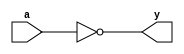
module _inv(a,y); // inverter module
input a; 
output y;
assign y=~a;
endmodule

module _nand2(a,b,y); // 2 input nand gate
input a,b;
output y;
assign y=~(a&b);
endmodule

module _and2(a,b,y); // 2 input nand gate
input a,b;
output y;
assign y=a&b;
endmodule

module _or2(a,b,y); // 2 input or gate
input a,b;
output y;
assign y=a|b;
endmodule

module _xor2(a,b,y); // 2 input xor gate
input a,b;
output y;
wire inv_a, inv_b;
wire w0, w1;
_inv U0_inv(.a(a), .y(inv_a)); // instance of inverter
_inv U1_inv(.a(b), .y(inv_b));
_and2 U2_and2(.a(inv_a), .b(b), .y(w0)); // instance of And gate
_and2 U3_and2(.a(a), .b(inv_b), .y(w1));
_or2 U4_or2(.a(w0), .b(w1), .y(y)); // instance of Or gate
endmodule

module _nor2(a,b,y);
input a,b;
output y;
assign y=~(a|b);
endmodule


module _and3(a,b,c,y);  // 3 input and gate
input a,b,c; 
output y; 
assign y=a&b&c;
endmodule

module _and4(a,b,c,d,y); // 4 input and gate
input a,b,c,d; 
output y; 
assign y=a&b&c&d; 
endmodule

module _and5(a,b,c,d,e,y); // 5 input and gate
input a,b,c,d,e; 
output y; 
assign y=a&b&c&d&e; 
endmodule

module _or3(a,b,c,y); // 3 input or gate
input a,b,c; 
output y; 
assign y=a|b|c; 
endmodule

module _or4(a,b,c,d,y); // 4 input or gate
input a,b,c,d; 
output y; 
assign y=a|b|c|d; 
endmodule

module _or5(a,b,c,d,e,y); // 5 input or gate
input a,b,c,d,e; 
output y; 
assign y=a|b|c|d|e; 
endmodule

module _inv_4bits(a,y); // 4bits inverter
input[3:0]	a;
output[3:0]	y;
assign y=~a;
endmodule

module _and2_4bits(a,b,y);
input[3:0]	a,b;
output[3:0]	y;
assign y=a&b;
endmodule

module _or2_4bits(a,b,y);
input[3:0]	a,b;
output[3:0]	y;
assign y=a|b;
endmodule

module _xor2_4bits(a,b,y);
input[3:0] a,b;
output[3:0] y;
_xor2 U0_xor2(.a(a[0]), .b(b[0]), .y(y[0]));
_xor2 U1_xor2(.a(a[1]), .b(b[1]), .y(y[1]));
_xor2 U2_xor2(.a(a[2]), .b(b[2]), .y(y[2]));
_xor2 U3_xor2(.a(a[3]), .b(b[3]), .y(y[3]));
endmodule

module _xnor2_4bits(a,b,y);
input[3:0]	a,b;
output[3:0]	y;
wire[3:0]	w0;
_xor2_4bits U0_xor2_4bits(.a(a), .b(b), .y(w0));
_inv_4bits U1_inv_4bits(.a(w0), .y(y));
endmodule

module _inv_32bits(a,y); // 32 bits inverter 
input [31:0] a; 
output [31:0] y; 
assign y=~a; 
endmodule

module _and2_32bits(a,b,y); // 32 bits 2-to-1 and gate
input [31:0] a,b; 
output [31:0] y; 
assign y=a&b; 
endmodule

module _or2_32bits(a,b,y); // 32 bits 2-to-1 or gate
input [31:0] a,b; 
output [31:0] y; 
assign y=a|b; 
endmodule 

module _xor2_32bits(a,b,y); 
	input [31:0] a,b; 
	output [31:0] y;
	_xor2_4bits U0_xor2_4bits(.a(a[3:0]), .b(b[3:0]), .y(y[3:0])); 
	_xor2_4bits U1_xor2_4bits(.a(a[7:4]), .b(b[7:4]), .y(y[7:4])); 
	_xor2_4bits U2_xor2_4bits(.a(a[11:8]), .b(b[11:8]), .y(y[11:8]));
	_xor2_4bits U3_xor2_4bits(.a(a[15:12]), .b(b[15:12]), .y(y[15:12])); 
	_xor2_4bits U4_xor2_4bits(.a(a[19:16]), .b(b[19:16]), .y(y[19:16])); 
	_xor2_4bits U5_xor2_4bits(.a(a[23:20]), .b(b[23:20]), .y(y[23:20]));
	_xor2_4bits U6_xor2_4bits(.a(a[27:24]), .b(b[27:24]), .y(y[27:24]));
	_xor2_4bits U7_xor2_4bits(.a(a[31:28]), .b(b[31:28]), .y(y[31:28]));
endmodule

module _xnor2_32bits(a,b,y); 
	input [31:0] a,b; 
	output [31:0] y;
	_xnor2_4bits U0_xnor2_4bits(.a(a[3:0]), .b(b[3:0]), .y(y[3:0])); 
	_xnor2_4bits U1_xnor2_4bits(.a(a[7:4]), .b(b[7:4]), .y(y[7:4])); 
	_xnor2_4bits U2_xnor2_4bits(.a(a[11:8]), .b(b[11:8]), .y(y[11:8])); 
	_xnor2_4bits U3_xnor2_4bits(.a(a[15:12]), .b(b[15:12]), .y(y[15:12]));
	_xnor2_4bits U4_xnor2_4bits(.a(a[19:16]), .b(b[19:16]), .y(y[19:16])); 
	_xnor2_4bits U5_xnor2_4bits(.a(a[23:20]), .b(b[23:20]), .y(y[23:20])); 
	_xnor2_4bits U6_xnor2_4bits(.a(a[27:24]), .b(b[27:24]), .y(y[27:24])); 
	_xnor2_4bits U7_xnor2_4bits(.a(a[31:28]), .b(b[31:28]), .y(y[31:28]));
endmodule